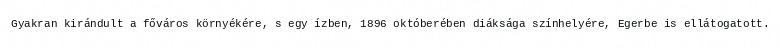
Gyakran kirándult a főváros környékére, s egy ízben, 1896 októberében diáksága színhelyére, Egerbe is ellátogatott.